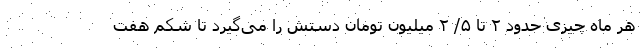
هر ماه چیزی حدود ۲ تا ۵/ ۲ میلیون تومان دستش را می‌گیرد تا شکم هفت